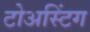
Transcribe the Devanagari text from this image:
टोअस्टिंग